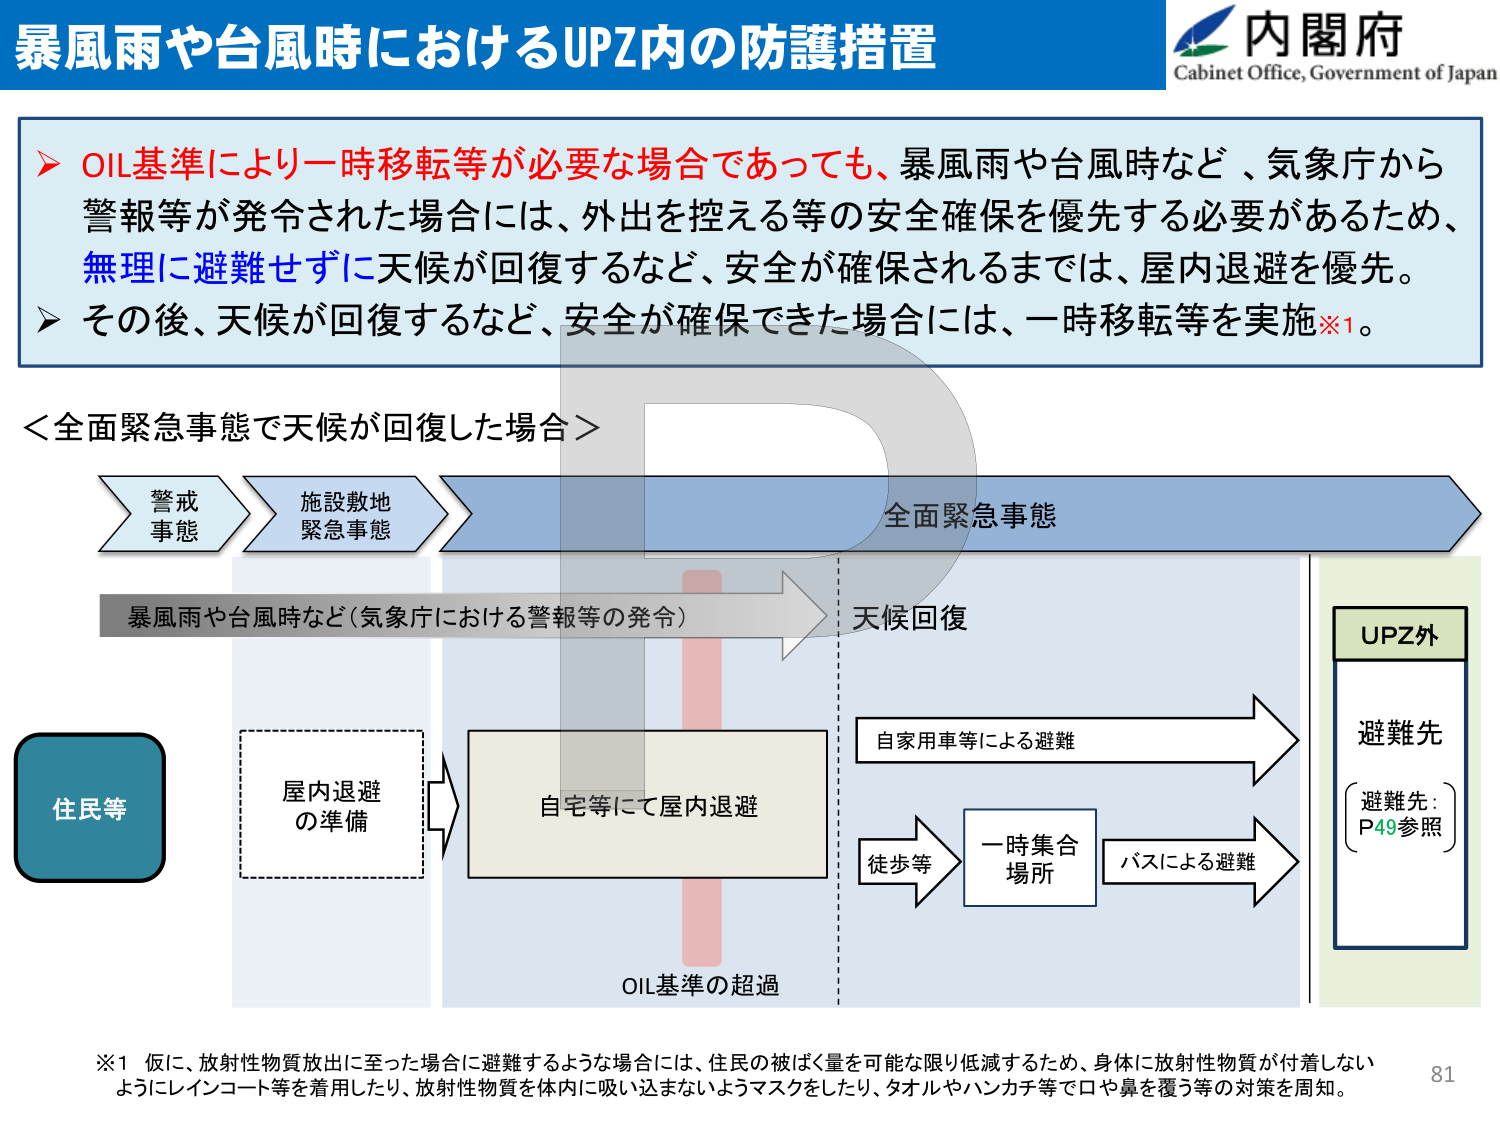
暴風雨や台風時におけるUPZ内の防護措置
内閣府
Cabinet Office, Government of Japan

➤ OIL基準により一時移転等が必要な場合であっても、暴風雨や台風時など、気象庁から警報等が発令された場合には、外出を控える等の安全確保を優先する必要があるため、無理に避難せずに天候が回復するなど、安全が確保されるまでは、屋内退避を優先。
➤ その後、天候が回復するなど、安全が確保できた場合には、一時移転等を実施※1。

＜全面緊急事態で天候が回復した場合＞

警戒事態 → 施設散地緊急事態 → 全面緊急事態
暴風雨や台風時など（気象庁における警報等の発令） → 天候回復

住民等
屋内退避の準備 → 自宅等にて屋内退避
OIL基準の超過

自家用車等による避難 → 避難先
徒歩等 → 一時集合場所 → バスによる避難 → 避難先
（避難先：P49参照）
UPZ外

※1 仮に、放射性物質放出に至った場合に避難するような場合には、住民の被ばく量を可能な限り低減するため、身体に放射性物質が付着しないようにレインコート等を着用したり、放射性物質を体内に吸い込まないようマスクをしたり、タオルやハンカチ等で口や鼻を覆う等の対策を周知。

81